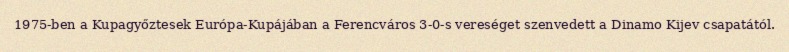
1975-ben a Kupagyőztesek Európa-Kupájában a Ferencváros 3-0-s vereséget szenvedett a Dinamo Kijev csapatától.